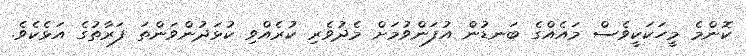
ކޮންމެ މީހަކަކީވެސް މައެއްގެ ބަނޑުން އުފަންވުމަށް މެދުވެރި ކުރެއްވި ކުޅަދުންވަންތަ ފަރާތުގެ އަޅެކެވެ.